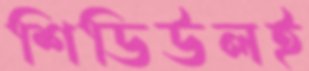
শিডিউলই